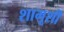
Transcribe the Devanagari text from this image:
शामूशी